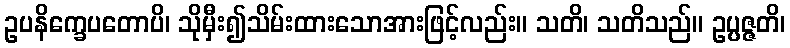
ဥပနိက္ခေပတောပိ၊ သိုမှီး၍သိမ်းထားသောအားဖြင့်လည်း။ သတိ၊ သတိသည်။ ဥပ္ပဇ္ဇတိ၊